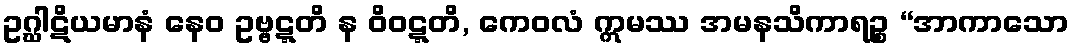
ဥဂ္ဃါဋိယမာနံ နေဝ ဥဗ္ဗဋ္ဋတိ န ဝိဝဋ္ဋတိ, ကေဝလံ ဣမဿ အမနသိကာရဉ္စ “အာကာသော